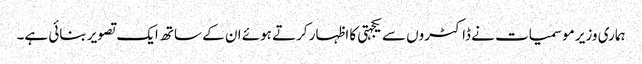
ہماری وزیر موسمیات نے ڈاکٹروں سے یکجہتی کا اظہار کرتے ہوئے ان کے ساتھ ایک تصویر بنائی ہے۔